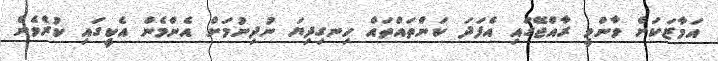
އަމާޒަކަށް ވާންވީ ރާއްޖޭގައި އެފަދަ ކަންތައްތައް ހިނގިދިޔަ ނުދިނުމަށް އެންމެން އެކީގައި ކުރެވެން